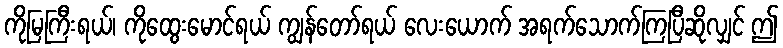
ကိုမြကြီးရယ်၊ ကိုထွေးမောင်ရယ် ကျွန်တော်ရယ် လေးယောက် အရက်သောက်ကြပြီဆိုလျှင် ဤ